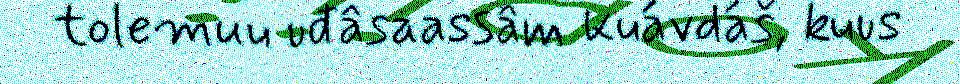
tolemuu uđâsaassâm kuávdáš, kuus